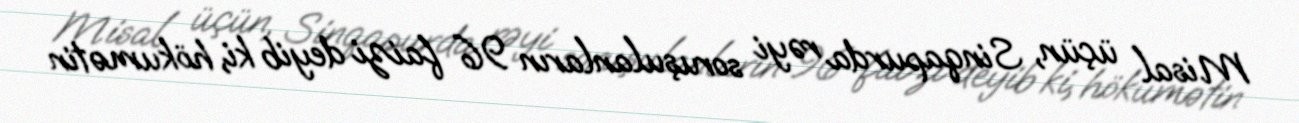
Misal üçün, Sinqapurda rəyi soruşulanların 96 faizi deyib ki, hökumətin